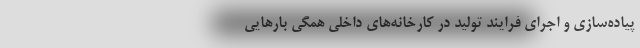
پیاده‌سازی و اجرای فرایند تولید در کارخانه‌های داخلی همگی بارهایی